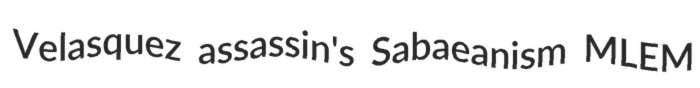
Velasquez assassin's Sabaeanism MLEM